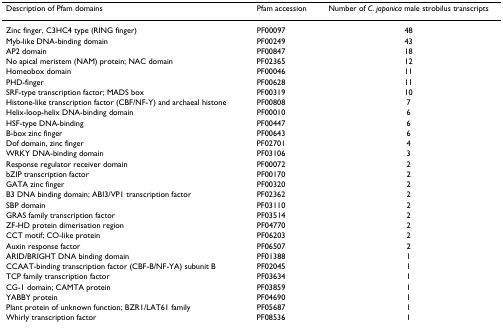
<table><thead><tr><td><b>Description of Pfam domains</b></td><td><b>Pfam accession</b></td><td><b>Number of <i>C. japonica </i>male strobilus transcripts</b></td></tr></thead><tbody><tr><td>Zinc finger, C3HC4 type (RING finger)</td><td>PF00097</td><td>48</td></tr><tr><td>Myb-like DNA-binding domain</td><td>PF00249</td><td>43</td></tr><tr><td>AP2 domain</td><td>PF00847</td><td>18</td></tr><tr><td>No apical meristem (NAM) protein; NAC domain</td><td>PF02365</td><td>12</td></tr><tr><td>Homeobox domain</td><td>PF00046</td><td>11</td></tr><tr><td>PHD-finger</td><td>PF00628</td><td>11</td></tr><tr><td>SRF-type transcription factor; MADS box</td><td>PF00319</td><td>10</td></tr><tr><td>Histone-like transcription factor (CBF/NF-Y) and archaeal histone</td><td>PF00808</td><td>7</td></tr><tr><td>Helix-loop-helix DNA-binding domain</td><td>PF00010</td><td>6</td></tr><tr><td>HSF-type DNA-binding</td><td>PF00447</td><td>6</td></tr><tr><td>B-box zinc finger</td><td>PF00643</td><td>6</td></tr><tr><td>Dof domain, zinc finger</td><td>PF02701</td><td>4</td></tr><tr><td>WRKY DNA-binding domain</td><td>PF03106</td><td>3</td></tr><tr><td>Response regulator receiver domain</td><td>PF00072</td><td>2</td></tr><tr><td>bZIP transcription factor</td><td>PF00170</td><td>2</td></tr><tr><td>GATA zinc finger</td><td>PF00320</td><td>2</td></tr><tr><td>B3 DNA binding domain; ABI3/VP1 transcription factor</td><td>PF02362</td><td>2</td></tr><tr><td>SBP domain</td><td>PF03110</td><td>2</td></tr><tr><td>GRAS family transcription factor</td><td>PF03514</td><td>2</td></tr><tr><td>ZF-HD protein dimerisation region</td><td>PF04770</td><td>2</td></tr><tr><td>CCT motif; CO-like protein</td><td>PF06203</td><td>2</td></tr><tr><td>Auxin response factor</td><td>PF06507</td><td>2</td></tr><tr><td>ARID/BRIGHT DNA binding domain</td><td>PF01388</td><td>1</td></tr><tr><td>CCAAT-binding transcription factor (CBF-B/NF-YA) subunit B</td><td>PF02045</td><td>1</td></tr><tr><td>TCP family transcription factor</td><td>PF03634</td><td>1</td></tr><tr><td>CG-1 domain; CAMTA protein</td><td>PF03859</td><td>1</td></tr><tr><td>YABBY protein</td><td>PF04690</td><td>1</td></tr><tr><td>Plant protein of unknown function; BZR1/LAT61 family</td><td>PF05687</td><td>1</td></tr><tr><td>Whirly transcription factor</td><td>PF08536</td><td>1</td></tr></tbody></table>